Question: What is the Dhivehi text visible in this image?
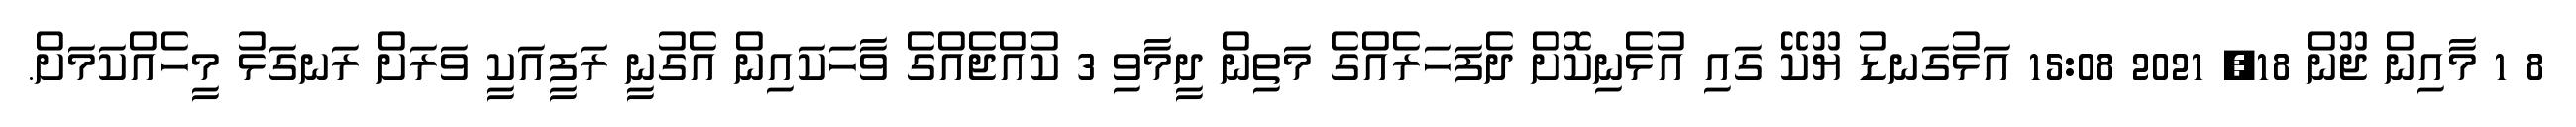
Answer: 8 1 މާއިން ޖޫން 18, 2021 15:08 އަޅުގަނޑު ޔޫކޭ ގައި އުޅެނިކޮށް ދެފަހަރެއްގެ މަތިން ދީމާވި 3 ކުއްޖެއްގެ ވާހަކައިން އެގުނީ ރަފީއަކީ ވަރަށް ރަނގަޅު މީހެއްކަމަށް.